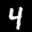
Label: 4